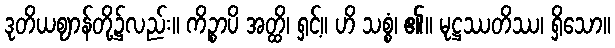
ဒုတိယဈာန်တို့၌လည်း။ ကိဉ္စာပိ အတ္ထိ၊ ရှင့်။ ဟိ သစ္စံ၊ ၏။ မုဋ္ဌဿတိဿ၊ ရှိသော။